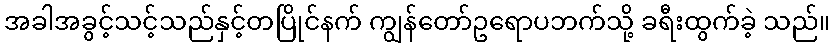
အခါအခွင့်သင့်သည်နှင့်တပြိုင်နက် ကျွန်တော်ဥရောပဘက်သို့ ခရီးထွက်ခဲ့ သည်။